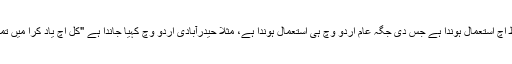
اسی طرح کسے جملے وچ زور پیدا کرن لئی لفظ اِچ استعمال ہوندا ہے جس دی جگہ عام اردو وچ ہی استعمال ہوندا ہے، مثلاََ حیدرآبادی اردو وچ کہیا جاندا ہے "کل اِچ یاد کرا میں تمہار کو" یعنی "کل ہی میں تمہیں یاد کر رہا تھا"۔